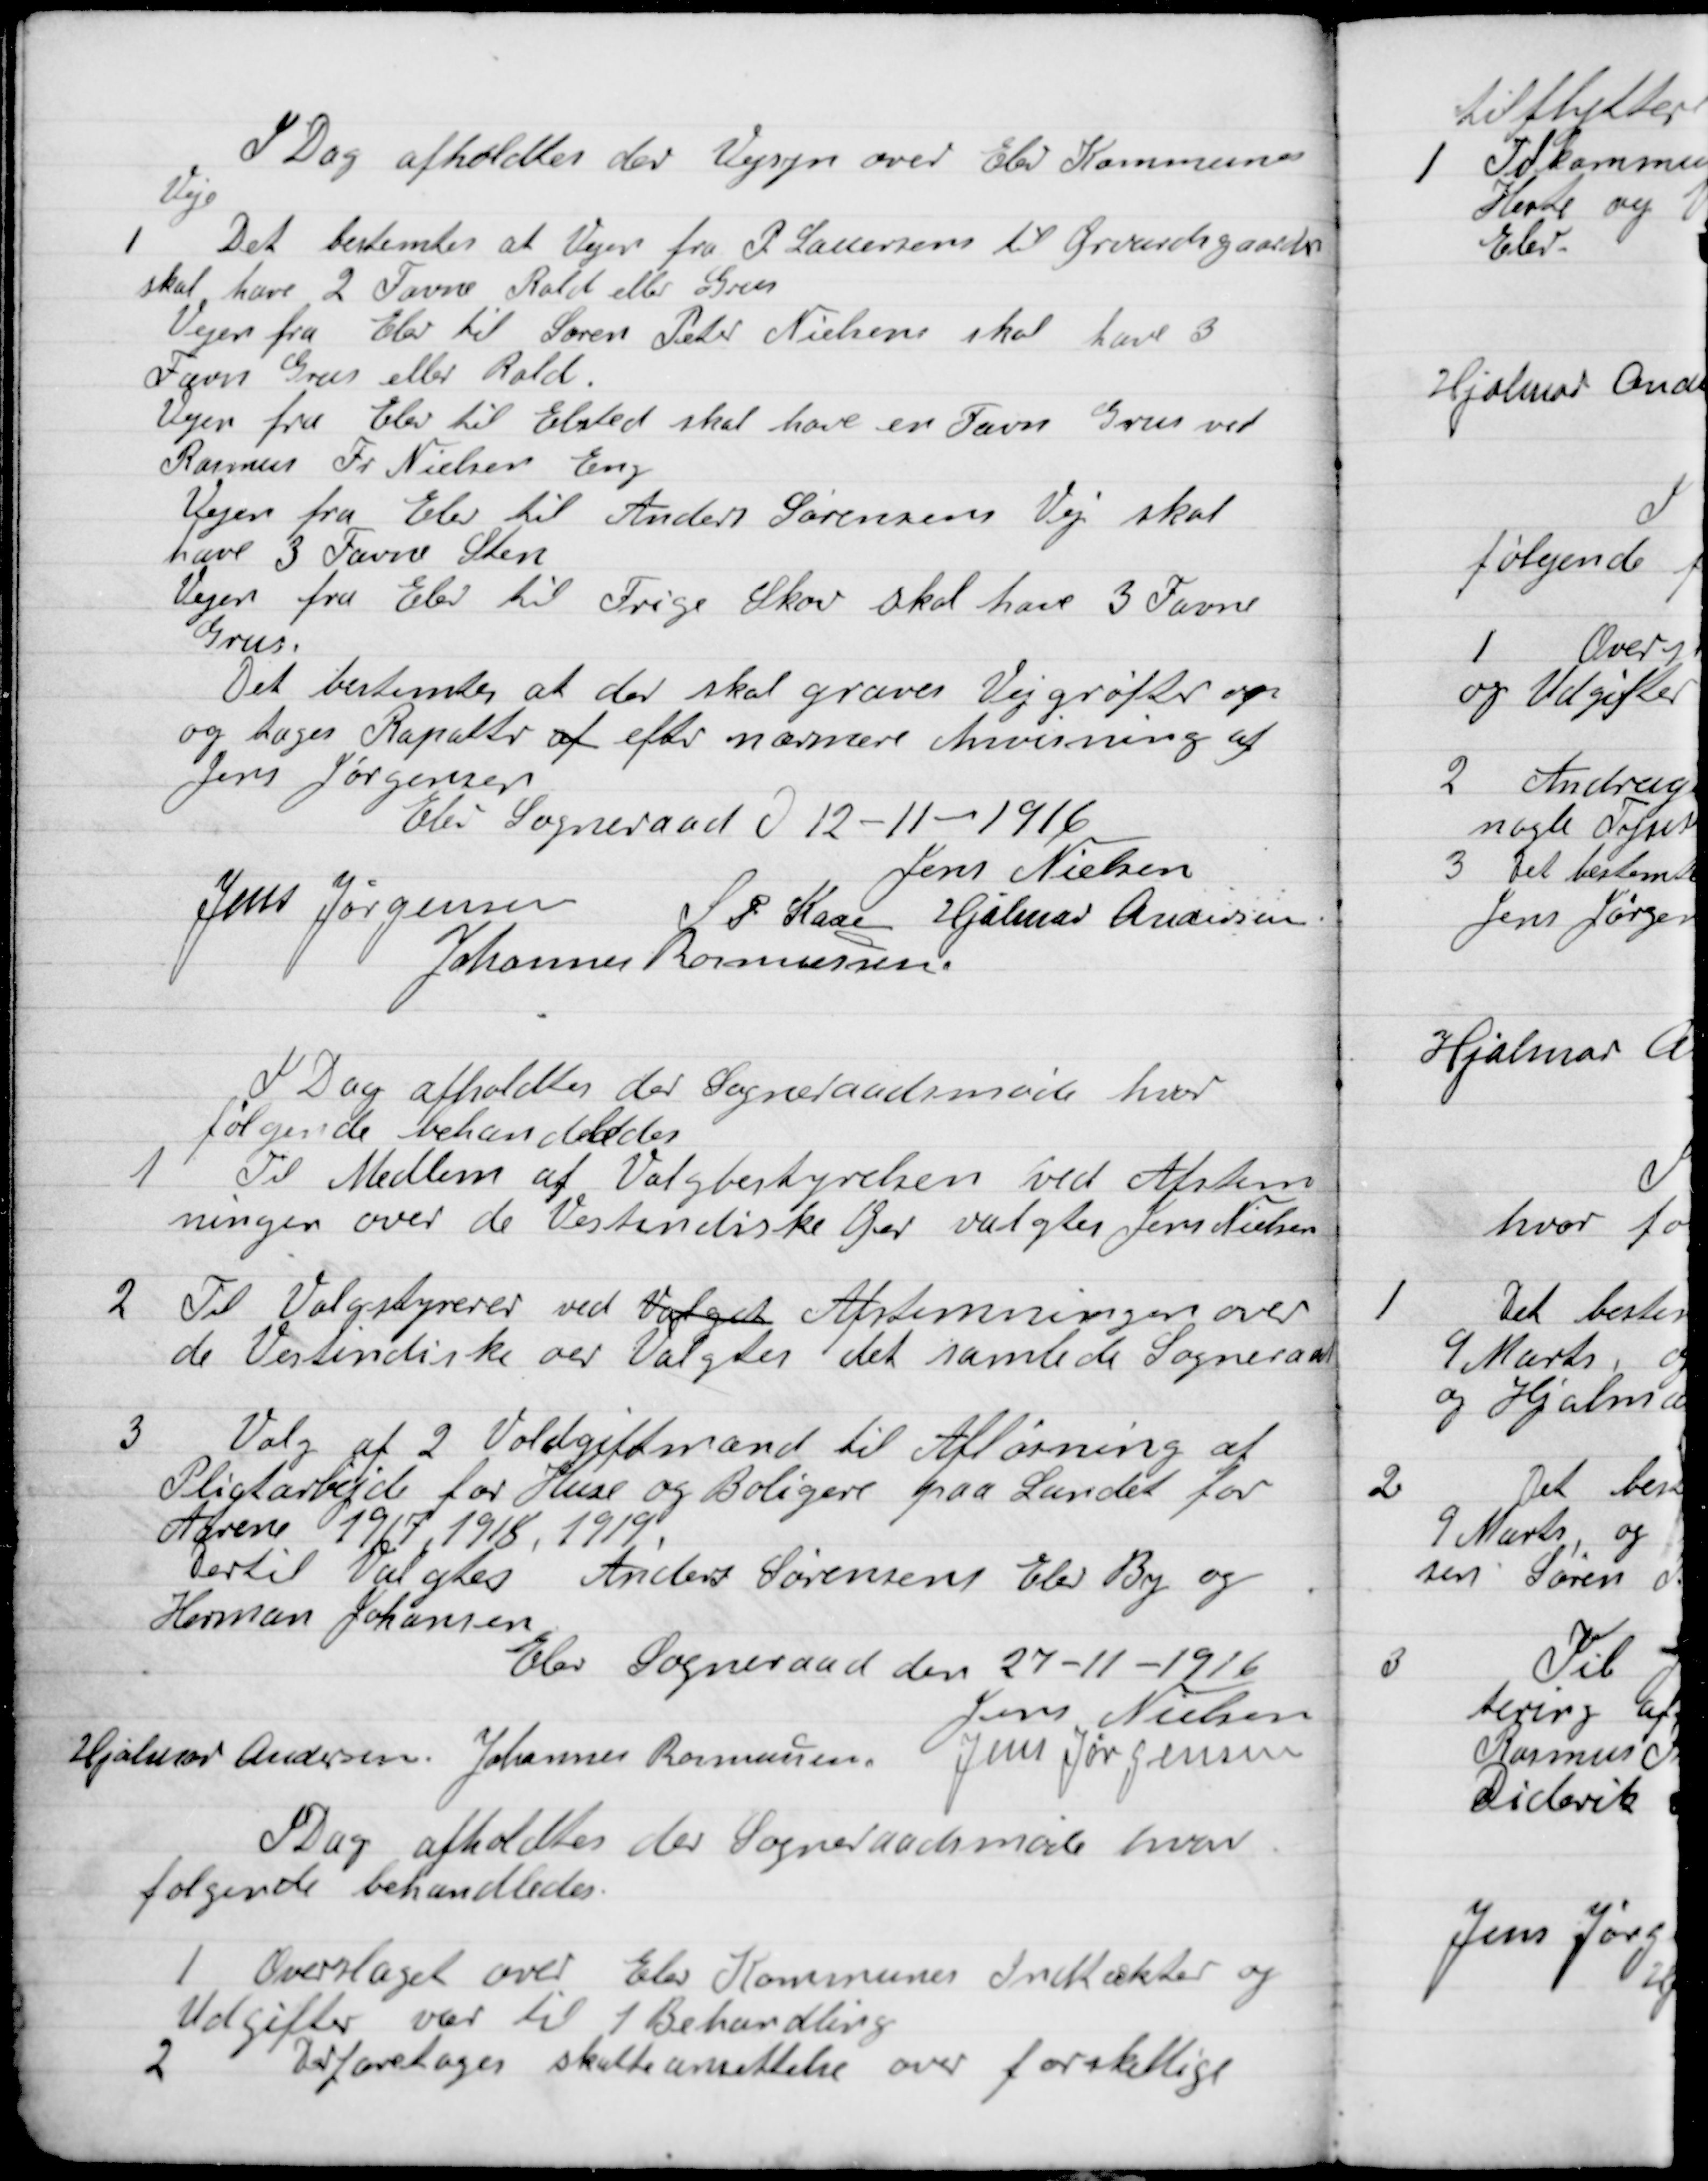
Transskription:
I Dag afholdtes der Vejsyn over Elev Kommunes
Veje.

1

Det bestemtes at Vejen fra P. Laursen til Grvadgaard
Skal have 2 Favn Rald eller Grus
Vejen fra Elev til Søren Peder Nielsen skal have 3
Favn Grus eller Rald
Vejen fra Elev til Elsted skal have en favn Grus ved
Rasmus Fr. Nielsen Eng.
Vejen fra Elev til Anders Sørensens Vej skal
have 3 favn Sten
Vejen fra Elev til Trige Skov skal have 3 Favn
Grus
Det bestemtes at der skal graves vejgrøfter op
og tages Rapatter af efter nærmere Anvisning af
Jens Jørgensen.

Elev Sogneraad D. 12-11-1916

Jens Nielsen
Jens Jørgensen
S. P. Kaae
Hjalmar Andersen
Johannes Rasmussen.

I Dag afholdtes der Sogneraadsmøde hvor
følgende Behandledes

1

Til Medlem af Valgbestyrelsen ved Afstem-
ning over de Vestindiske Øer valgtes Jens Nielsen.

2

Til Valgbestyrer ved Valget Afstemning over
de Vestindiske Øer Valgtes det samlede Sogneraad.

3

Valg af 2 Voldgiftsmænd til Afløsning af
Pligtarbejde for Huse og  Boliger fra Landet for
Aarene 1917, 1918, 1919.
Dertil Valgtes Anders Sørensen Elev by og
Herman Johansen.

Elev Sogneraad den 27-11-1916

Jens Nielsen
Hjalmar Andersen
Johanes Rasmussen
Jens Jørgensen

I Dag afholdtes der Sogneraadsmøde hvor
følgende Behandledes

1

Overslaget over Elev Kommunes Indtækter og
Udgifter var til 1. Behandling

2

Der foretoges skatteansættelse over forskellige